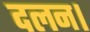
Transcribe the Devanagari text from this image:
दलन।